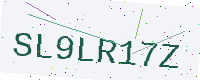
Text: SL9LR17Z